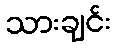
သားချင်း